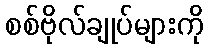
စစ်ဗိုလ်ချုပ်များကို